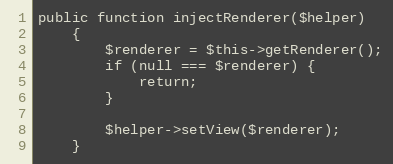
Language: PHP
public function injectRenderer($helper)
    {
        $renderer = $this->getRenderer();
        if (null === $renderer) {
            return;
        }

        $helper->setView($renderer);
    }